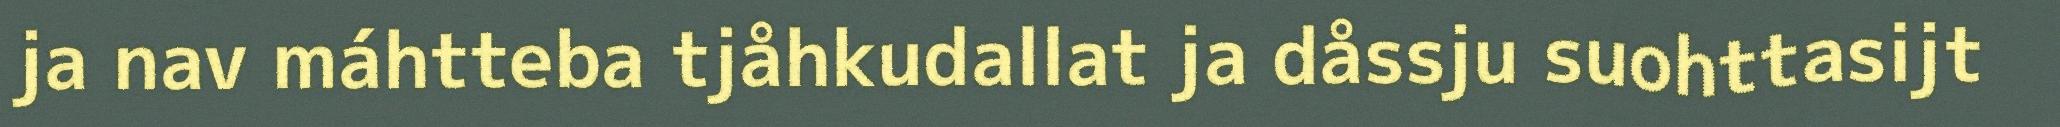
ja nav máhtteba tjåhkudallat ja dåssju suohttasijt